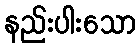
နည်းပါးသော